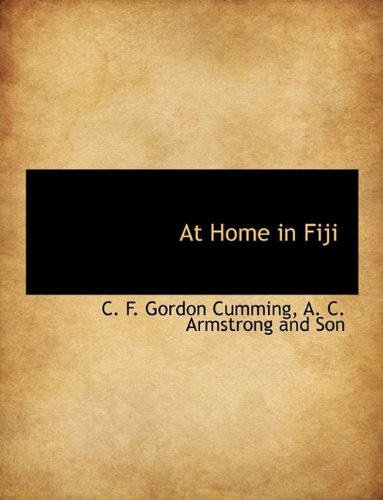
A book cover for At Home in Fiji; C. F. Gordon Cumming; History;